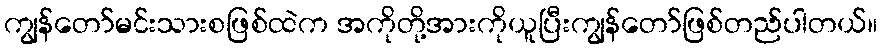
ကျွန်တော်မင်းသားစဖြစ်ထဲက အကိုတို့အားကိုယူပြီးကျွန်တော်ဖြစ်တည်ပါတယ်။